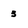
Character: 3